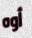
أوه